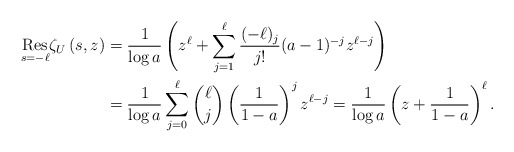
\begin{align*}\underset{s=-\ell}{\mathrm{Res}}\zeta _{U}\left( s,z\right)& =\frac{1}{\log a}\left( z^{\ell} + \sum_{j=1}^{\ell} \frac{(-\ell)_j }{j!} (a-1)^{-j} z^{\ell-j}\right) \\&= \frac{1}{\log a} \sum_{j=0}^{\ell} \binom{\ell}{j}\left(\frac{1}{1-a}\right)^j z^{\ell-j} = \frac{1}{\log a} \left(z+\frac{1}{1-a}\right)^\ell.\end{align*}